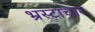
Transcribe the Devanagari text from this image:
भ्रस्टाचार